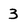
Character: 3